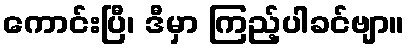
ကောင်းပြီ၊ ဒီမှာ ကြည့်ပါခင်ဗျာ။